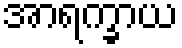
အာရက္ခာယ